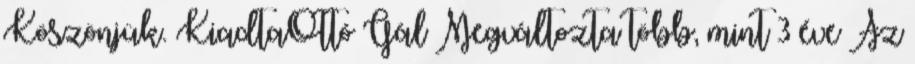
Köszönjük. KiadtaOttó Gál Megváltozta több, mint 3 éve Az